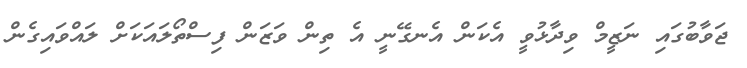
ޖަވާބުގައި ނަޒީމް ވިދާޅުވީ އެކަން އެނގޭނީ އެ ތިން ވަޒަން ފިސްތޯލައަކަށް ލައްވައިގެން